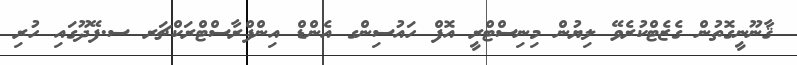
ޤާނޫނީގޮތުން ގެޒެޓްކުރެވޭ ލިޔުން މިނިސްޓްރީ އޮފް ހައުސިންގ އެންޑް އިންފްރާސްޓްރަކްޗަރ ސ.ފޭދޫގައި ހުރި